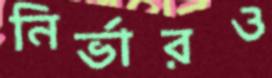
নির্ভারও